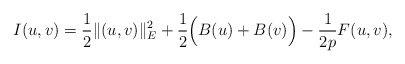
\begin{align*}I(u,v)=\frac{1}{2}\|(u,v)\|_{E}^{2}+\frac{1}{2}\Big(B(u)+B(v)\Big)-\frac{1}{2p}F(u,v),\end{align*}